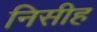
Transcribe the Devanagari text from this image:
निसीह